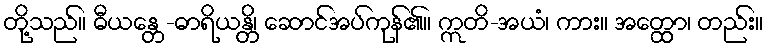
တို့သည်။ ဓီယန္တေ-ဓာရိယန္တိ၊ ဆောင်အပ်ကုန်၏။ ဣတိ-အယံ၊ ကား။ အတ္ထော၊ တည်း။